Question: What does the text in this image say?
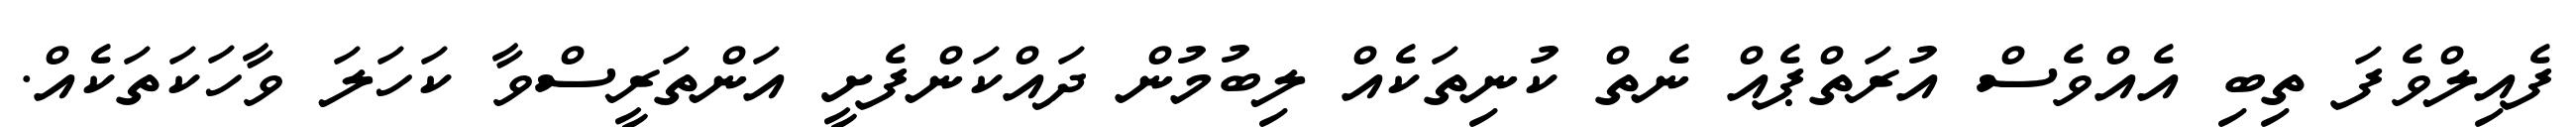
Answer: ފެއިލްވެފަ ތިބި އެއްވެސް އުރަތްޕެއް ނެތް ކުނިތަކެއް ލިބުމުން ދައްކަންފެށީ އަންތަރީސްވާ ކަހަލަ ވާހަކަތަކެއް.